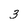
Character: 3